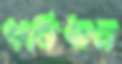
পরিধান